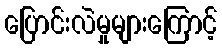
ပြောင်းလဲမှုများကြောင့်